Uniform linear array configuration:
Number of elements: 32
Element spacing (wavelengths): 0.25
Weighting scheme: cosine
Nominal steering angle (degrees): -30
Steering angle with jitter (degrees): -28.349
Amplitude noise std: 0.05
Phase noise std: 0.05

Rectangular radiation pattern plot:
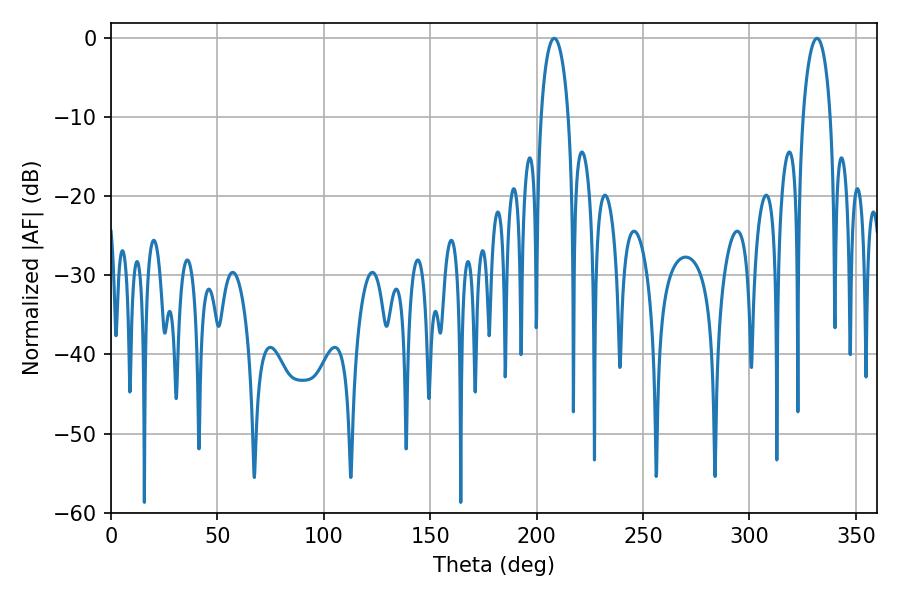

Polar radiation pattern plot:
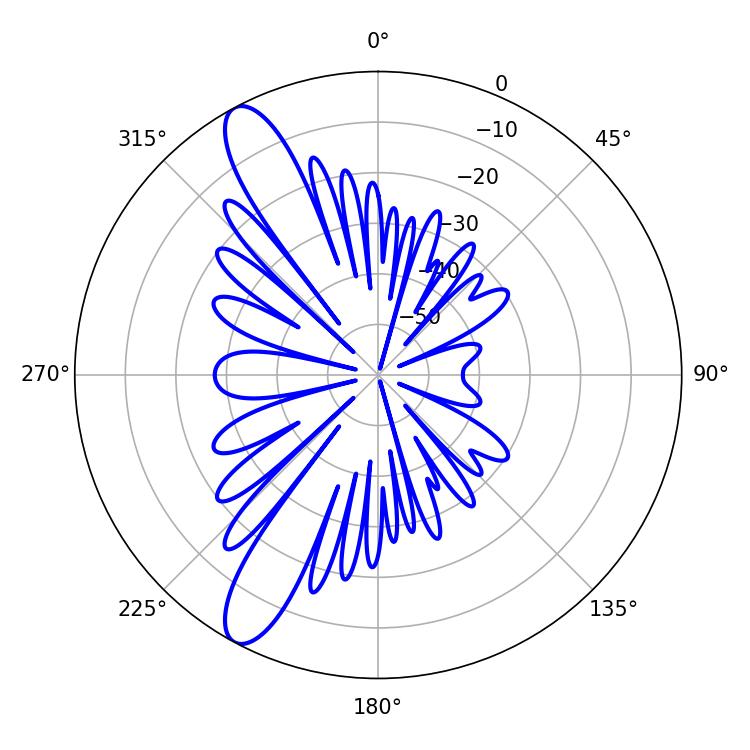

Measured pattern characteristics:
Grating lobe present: FALSE
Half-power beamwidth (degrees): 7.38
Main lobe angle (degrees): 208.26